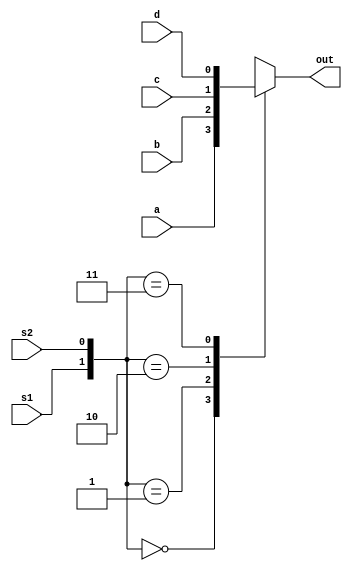
module Mux4_1 (
    a,
    b,
    c,
    d,
    s1,
    s2,
    out
);
  input a, b, c, d, s1, s2;
  output out;
  reg out;
// Create a switch statement
always @(*)

case({s1,s2})
    2'd0: out=a;
    2'd1: out=b;
    2'd2: out=c;
    2'd3: out=d;
    default:$display("Fuck");
endcase
endmodule

module testMuxt;
reg a,b,c,d,s1,s2;
wire out;
Mux4_1 tester(a,b,c,d,s1,s2,out);
initial begin
    // $dumpfile("out.vcd");
    // $dumpvars(testMuxt,x);
    $monitor(out);
    #10 ; a=1;b=0;c=0;d=0;s1=0;s2=1;
    #10 ; a=0;b=1;c=0;d=0;s1=0;s2=1;
    #10 ; a=0;b=0;c=1;d=0;s1=0;s2=1;
    #10 ; a=0;b=0;c=0;d=1;s1=0;s2=1;

    #10 ; a=1;b=0;c=0;d=0;s1=1;s2=0;
    #10 ; a=0;b=1;c=0;d=0;s1=1;s2=0;
    #10 ; a=0;b=0;c=1;d=0;s1=1;s2=0;
    #10 ; a=0;b=0;c=0;d=1;s1=1;s2=0;


end
endmodule